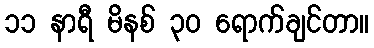
၁၁ နာရီ မိနစ် ၃၀ ရောက်ချင်တာ။